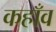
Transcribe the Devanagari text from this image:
कहाँव